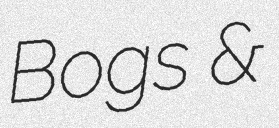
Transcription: Bogs &